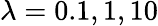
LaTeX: \lambda=0.1,1,10